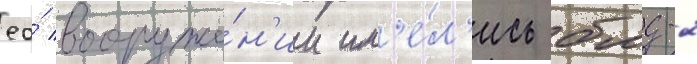
ео́ вооруже́н'ии им'е́л'ись бмд-2